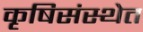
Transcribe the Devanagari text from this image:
कृषिसंस्थेत